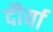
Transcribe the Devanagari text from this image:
दौर्या